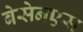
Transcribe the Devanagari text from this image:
बेसेनएस